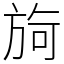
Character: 㫊